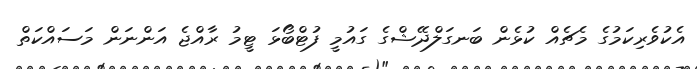
އެކުވެރިކަމުގެ މެޗެއް ކުޅެން ބަނގަލްދޭޝްގެ ގައުމީ ފުޓްބޯޅަ ޓީމު ރާއްޖެ އަންނަން މަސައްކަތް